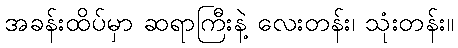
အခန်းထိပ်မှာ ဆရာကြီးနဲ့ လေးတန်း၊ သုံးတန်း။